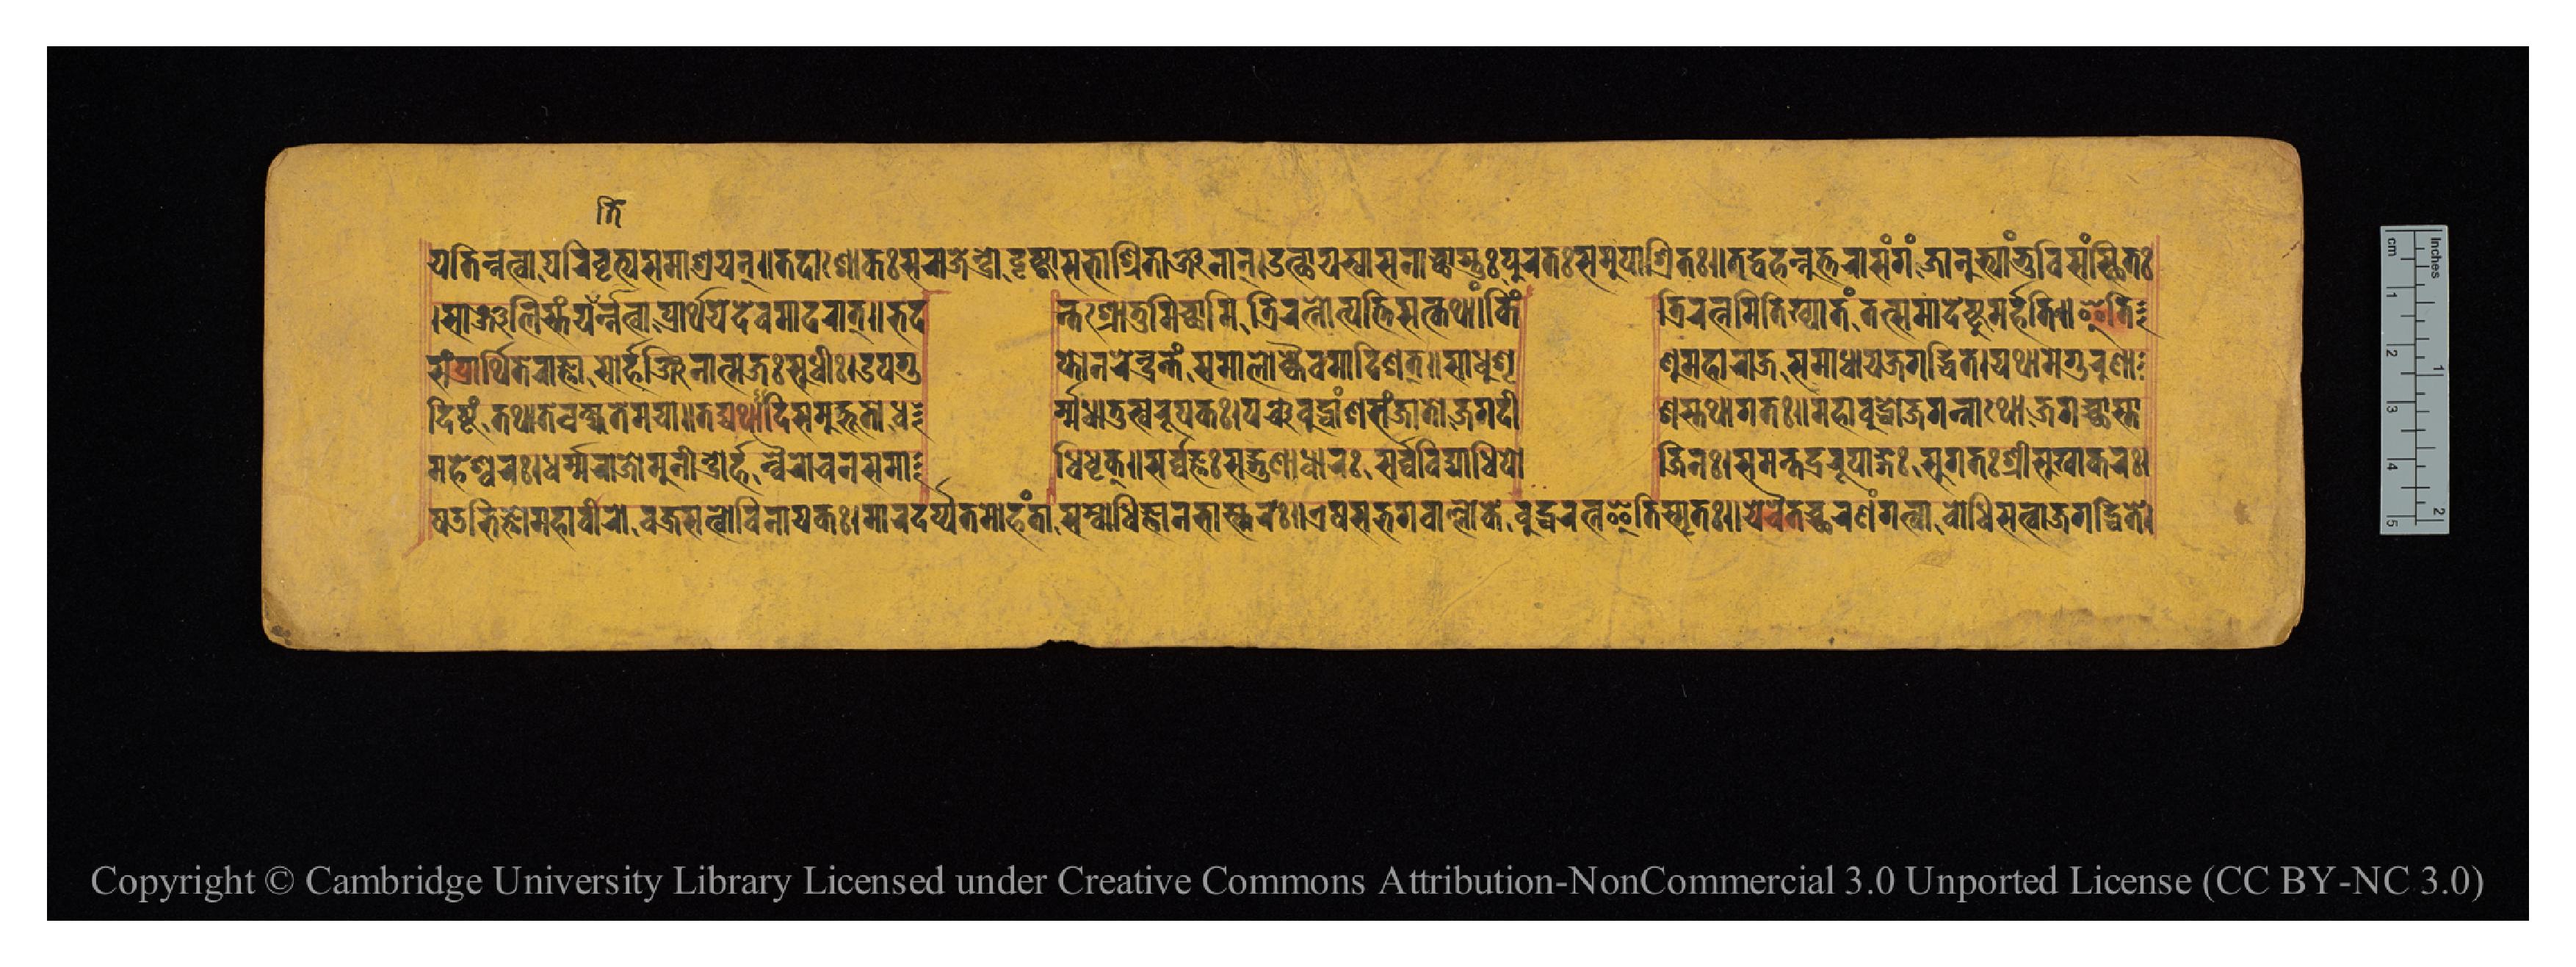
𑐫𑐟𑐶𑑄𑐣𑐟𑑂𑐰𑐵𑐥𑐬𑐶𑐰𑐺𑐟𑑂𑐫𑐳𑐩𑐵𑐱𑑂𑐬𑐫𑐣𑑂𑑌𑐟𑐡𑐵𑐱𑑀𑐎𑑅𑐳𑐬𑐵𑐖𑐾𑐣𑑂𑐡𑑂𑐬𑑀𑐡𑐺𑐲𑑂𑐚𑑂𑐰𑐵𑐳𑐨𑐵𑐱𑑂𑐬𑐶𑐟𑐵𑐣𑑂𑐖𑐣𑐵𑐣𑑂𑑌𑐄𑐟𑑂𑐠𑐵𑐫𑐳𑑂𑐰𑐵𑐳𑐣𑐵𑐔𑑂𑐕𑐵𑐳𑑂𑐟𑐸𑑅𑐥𑐸𑐬𑐟𑑅𑐳𑐩𑐸𑐥𑐵𑐱𑑂𑐬𑐶𑐟𑑅𑑋𑐄𑐡𑑂𑐰𑐴𑐣𑑂𑐣𑐸𑐟𑑂𑐟𑐬𑐵𑐳𑑄𑐐𑑄𑐖𑐵𑐣𑐸𑐨𑑂𑐫𑐵𑑄𑐨𑐸𑐰𑐶𑐳𑑄𑐳𑑂𑐠𑐶𑐟𑑅 𑑋𑐳𑐵𑐘𑑂𑐖𑐮𑐶𑐳𑑂𑐟𑑄𑐫𑐟𑐶𑑄𑐣𑐟𑑂𑐰𑐵𑐥𑑂𑐬𑐵𑐬𑑂𑐠𑐫𑐾𑐡𑐾𑐰𑐩𑐵𑐡𑐬𑐵𑐟𑑂𑑌𑐨𑐡  𑐣𑑂𑐟𑐱𑑂𑐬𑑀𑐟𑐸𑐩𑐶𑐕𑐵𑐩𑐶𑐟𑑂𑐬𑐶𑐬𑐟𑑂𑐣𑑀𑐟𑑂𑐥𑐟𑑂𑐟𑐶𑐳𑐟𑑂𑐎𑐠𑐵𑑄𑑌𑐎𑐶𑑄  𑐟𑑂𑐬𑐶𑐬𑐟𑑂𑐣𑐩𑐶𑐟𑐶𑐏𑑂𑐫𑐵𑐟𑑄𑐟𑐟𑑂𑐳𑐩𑐵𑐡𑐾𑐲𑑂𑐚𑐸𑐩𑐬𑑂𑐴𑐟𑐶𑑌𑐂𑐟𑐶 𑐳𑑄𑐥𑑂𑐬𑐵𑐬𑑂𑐠𑐶𑐟𑐾𑐬𑐵𑐖𑑂𑐘𑐵𑐳𑑀𑐬𑑂𑐴𑐣𑑂𑐖𑐶𑐣𑐵𑐟𑑂𑐩𑐖𑑅𑐳𑐸𑐢𑐷𑑅𑑋𑐄𑐥𑐐𑐸  𑐥𑑂𑐟𑑀𑐣𑐬𑐾𑐣𑑂𑐡𑑂𑐬𑑄𑐟𑑄𑐳𑐩𑐵𑐮𑑀𑐎𑑂𑐫𑐿𑐰𑐩𑐵𑐡𑐶𑐱𑐟𑑂𑑌𑐳𑐵𑐢𑐸𑐱𑐺  𑐞𑐸𑐩𑐴𑐵𑐬𑐵𑐖𑐳𑐩𑐵𑐢𑐵𑐫𑐖𑐐𑐡𑑂𑐢𑐶𑐟𑐾𑑋𑐫𑐠𑐵𑐩𑐾𑐐𑐸𑐬𑐸𑐞𑐵 𑐡𑐶𑐲𑑂𑐚𑑄𑐟𑐠𑐵𑐟𑐾𑐰𑐎𑑂𑐲𑑂𑐫𑐟𑐾𑐩𑐫𑐵𑑌𑐟𑐡𑑂𑐫𑐠𑐵𑐡𑐶𑐳𑐩𑐸𑐡𑑂𑐨𑐹𑐟𑑀𑐢  𑐬𑑂𑐩𑐢𑐵𑐟𑐸𑐳𑑂𑐰𑐬𑐸𑐥𑐎𑑅𑑋𑐥𑐘𑑂𑐔𑐧𑐸𑐡𑑂𑐢𑐵𑑄𑐱𑐳𑐘𑑂𑐖𑐵𑐟𑑀𑐖𑐐𑐡𑐷  𑐱𑐳𑑂𑐟𑐠𑐵𑐐𑐟𑑅𑑌𑐩𑐴𑐵𑐧𑐸𑐡𑑂𑐢𑑀𑐖𑐐𑐣𑑂𑐣𑐵𑐠𑑀𑐖𑐐𑐔𑑂𑐕𑐵𑐳𑑂𑐟𑐵 𑐲𑐜𑐨𑐶𑐖𑑂𑐘𑑀𑐩𑐴𑐵𑐰𑐷𑐬𑑀𑐰𑐖𑑂𑐬𑐳𑐟𑑂𑐰𑐰𑐶𑐣𑐵𑐫𑐎𑑅𑑋𑐩𑐵𑐬𑐡𑐬𑑂𑐥𑐟𑐩𑑀𑐴𑐣𑑂𑐟𑐵𑐳𑑄𑐧𑑀𑐢𑐶𑐖𑑂𑐘𑐵𑐣𑐨𑐵𑐳𑑂𑐎𑐬𑑅𑑌𑐊𑐲𑐳𑐨𑐐𑐰𑐵𑑄𑐮𑑂𑐮𑑀𑐎𑐾𑐧𑐸𑐡𑑂𑐢𑐬𑐟𑑂𑐣𑐿𑐟𑐶𑐳𑑂𑐩𑐺𑐟𑑅𑑌𑐫𑐾𑐔𑐿𑐟𑐔𑑂𑐕𑐬𑐞𑑄𑐐𑐟𑑂𑐰𑐵𑐧𑑀𑐡𑑂𑐢𑐶𑐳𑐟𑑂𑐰𑐵𑐖𑐐𑐡𑑂𑐢𑐶𑐟𑐾𑑋 𑐩𑐴𑐾𑐱𑑂𑐰𑐬𑑅𑑋𑐢𑐬𑑂𑐩𑑂𑐩𑐬𑐵𑐖𑑀𑐩𑐸𑐣𑐷𑐣𑑂𑐡𑑂𑐬𑑀𑐬𑑂𑐴𑐣𑑂𑐰𑐿𑐬𑑀𑐔𑐣𑐳𑐩𑐵  𑐢𑐶𑐢𑐺𑐎𑑂𑑌𑐳𑐬𑑂𑐰𑑂𑐰𑐖𑑂𑐘𑑅𑐳𑐡𑑂𑐐𑐸𑐞𑐵𑐢𑐵𑐬𑑅𑐳𑐬𑑂𑐰𑑂𑐰𑐰𑐶𑐡𑑂𑐫𑐵𑐢𑐶𑐥𑑀  𑐖𑐶𑐣𑑅𑑋𑐳𑐩𑐣𑑂𑐟𑐨𑐡𑑂𑐬𑐬𑐸𑐥𑐵𑑄𑐐𑑅𑐳𑐸𑐐𑐟𑑅𑐱𑑂𑐬𑐷𑐳𑐸𑐏𑐵𑐎𑐬𑑅𑑋